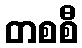
တစစီ